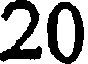
20